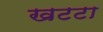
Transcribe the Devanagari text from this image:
खटटा